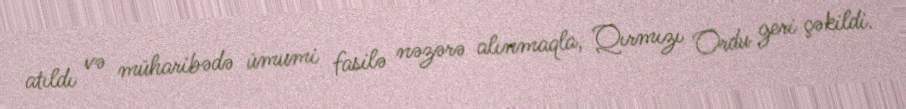
atıldı və müharibədə ümumi fasilə nəzərə alınmaqla, Qırmızı Ordu geri çəkildi.